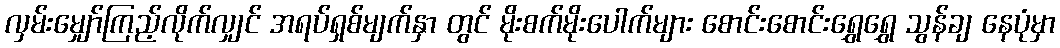
လှမ်းမျှော်ကြည့်လိုက်လျှင် အရပ်ရှစ်မျက်နှာ တွင် မိုးစက်မိုးပေါက်များ စောင်းစောင်းရွှေရွှေ သွန်ချ နေပုံမှာ